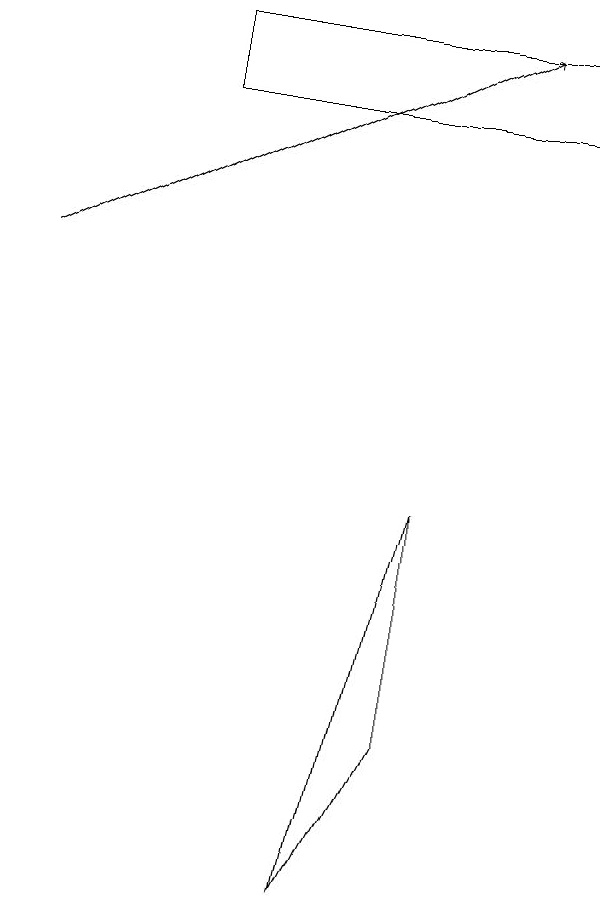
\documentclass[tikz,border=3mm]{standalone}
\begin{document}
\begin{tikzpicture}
\draw[->] (1,12) -- (7,15);
\draw (8,15) rectangle (3,14);
\draw (5,4) -- (6,6) -- (6,9) -- cycle;
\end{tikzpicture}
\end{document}